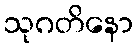
သုဂတိနော